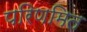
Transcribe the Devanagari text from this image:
परिणमित